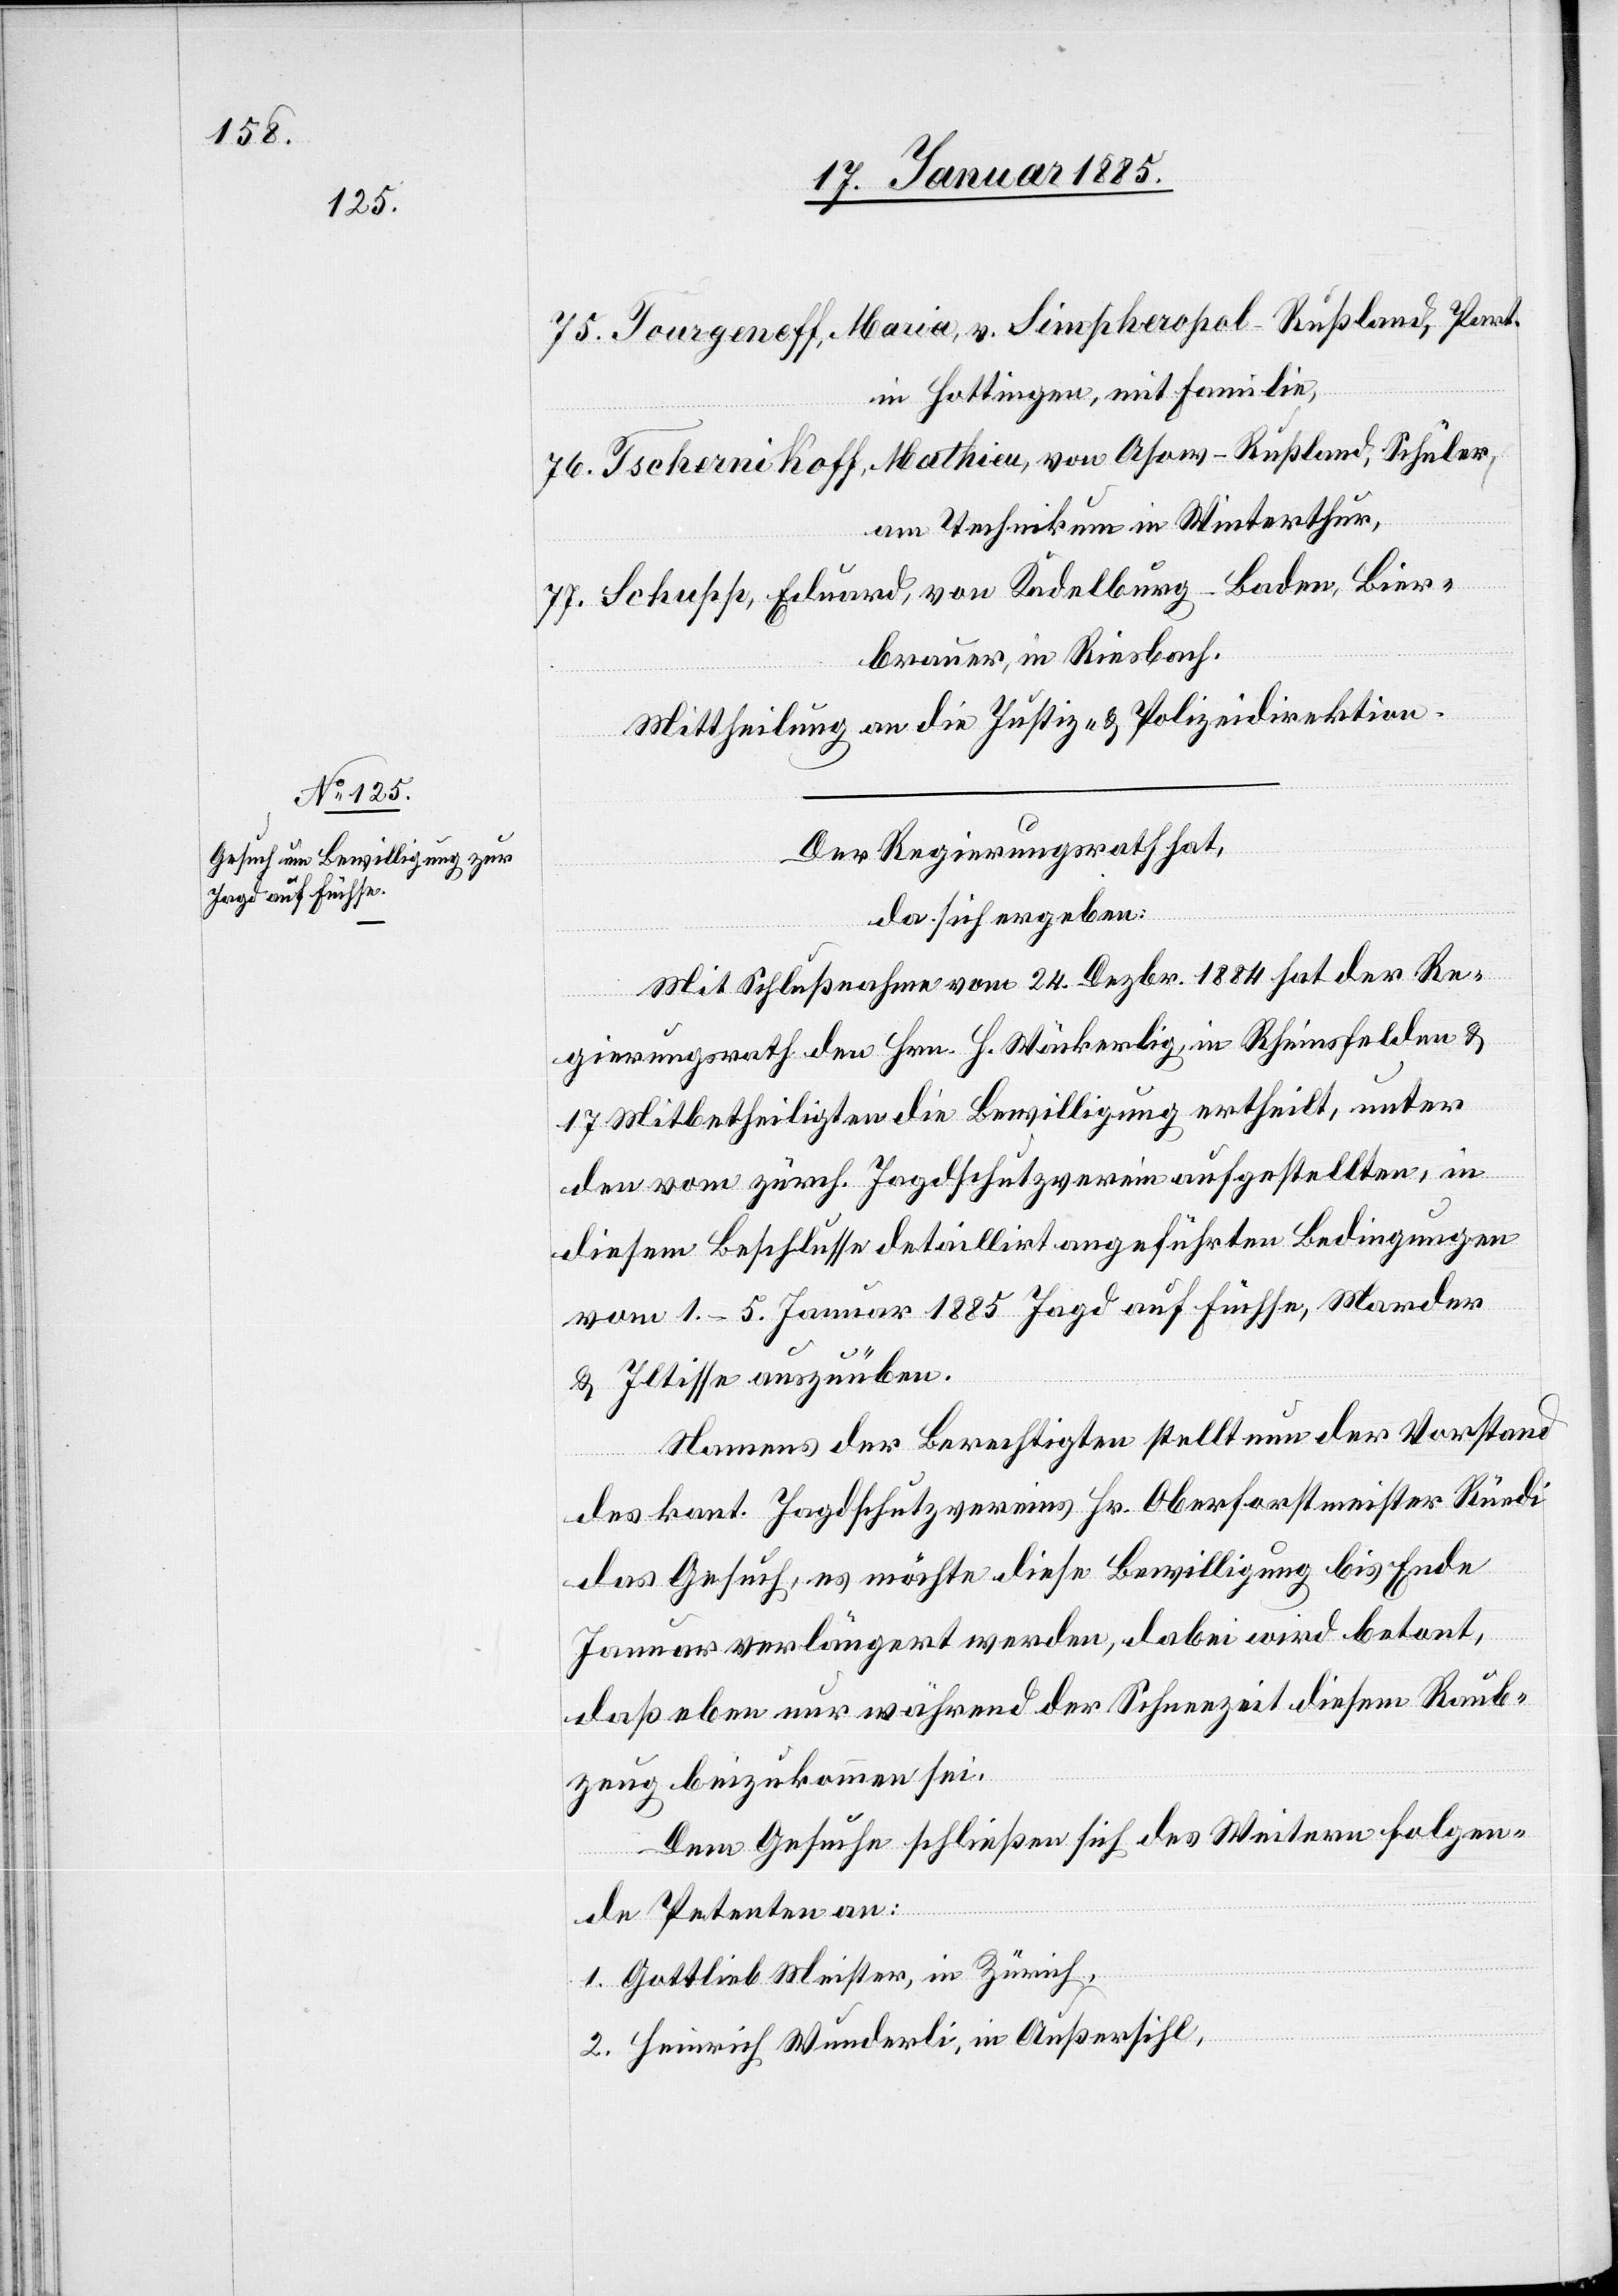
Tourgenoff, Maria, v. Simpheropol - Rußland, Part.
in Hottingen, mit Familie,
Tschernikoff, Mathieu, von Asow - Rußland, Schüler
am Technikum in Winterthur,
Schupp, Eduard, von Kadelburg - Baden, Bier¬
brauer, in Riesbach.
Mittheilung an die die Justiz- und Polizeidirektion.
Der Regierungsrath hat,
da sich ergeben:
Mit Schlußnahme vom 24. Dezbr. 1884 hat der Re¬
gierungsrath den Hrn. H. Wäckerlig, in Rheinfelden &
17 Mitbetheiligten die Bewilligung ertheilt, unter
dem von zürch. Jagdschutzverein aufgestellten, in
diesem Beschlusse detailliert angeführten Bedingungen
vom 1.–5. Januar 1885 Jagd auf Füchse, Marder
& Iltisse auszuüben.
Namens der Berechtigten stellt nun der Vorstand
des kant. Jagdschutzvereins Hr. Oberforstmeister Rüedi
das Gesuch, es möchte diese Bewilligung bis Ende
Januar verlängert werden, dabei wird betont,
daß eben nur während der Schneezeit diesem Raub¬
zeug beizukommen sei.
Dem Gesuche schließen sich des Weitern folgen¬
de Petenten an:
1. Gottlieb Meister, in Zürich,
2. Heinrich Wunderli, in Außersihl,